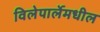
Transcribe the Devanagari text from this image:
विलेपार्लेमधील